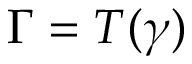
\Gamma = T ( \gamma )